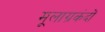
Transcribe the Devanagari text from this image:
मूलाग्रकंदों